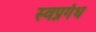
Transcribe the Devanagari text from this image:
स्वप्नगंध